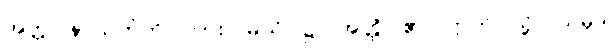
အတ္တုပနာယိတံတိ၊ ကား။ မယိ၊ ၌။ အတ္ထိ၊ ၏။ ဣတိ၊ သို့။ သမုဒါ